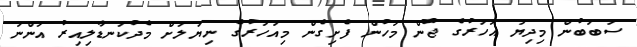
ސަބަބުން މިދިޔަ އަހަރުގެ ޖޫން މަހުން ފެށިގެން މިއަހަރުގެ ނިޔަލަށް މެދުކަނޑާލިއިރު އަންނަ